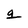
Character: g